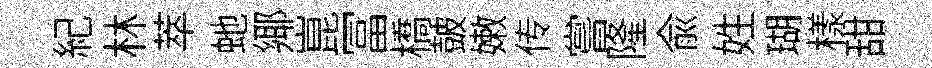
紀林萃虵鄊崑冨橋皷嫩传嘗隆俞姓瑚樣甜